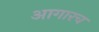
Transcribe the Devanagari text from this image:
आगारच